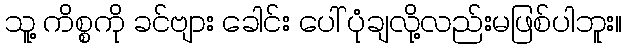
သူ့ ကိစ္စကို ခင်ဗျား ခေါင်း ပေါ် ပုံချလို့လည်းမဖြစ်ပါဘူး။